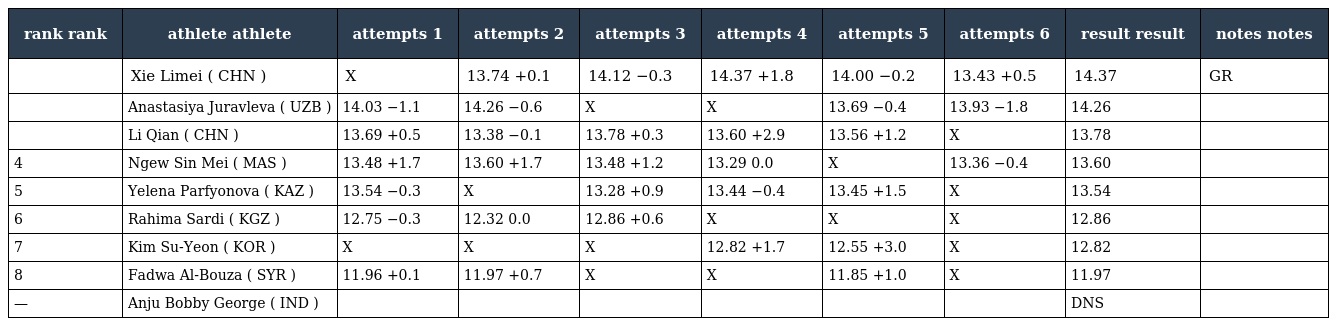
| rank rank | athlete athlete | attempts 1 | attempts 2 | attempts 3 | attempts 4 | attempts 5 | attempts 6 | result result | notes notes |
 | --- | --- | --- | --- | --- | --- | --- | --- | --- | --- |
 |  | Xie Limei ( CHN ) | X | 13.74 +0.1 | 14.12 −0.3 | 14.37 +1.8 | 14.00 −0.2 | 13.43 +0.5 | 14.37 | GR |
 |  | Anastasiya Juravleva ( UZB ) | 14.03 −1.1 | 14.26 −0.6 | X | X | 13.69 −0.4 | 13.93 −1.8 | 14.26 |  |
 |  | Li Qian ( CHN ) | 13.69 +0.5 | 13.38 −0.1 | 13.78 +0.3 | 13.60 +2.9 | 13.56 +1.2 | X | 13.78 |  |
 | 4 | Ngew Sin Mei ( MAS ) | 13.48 +1.7 | 13.60 +1.7 | 13.48 +1.2 | 13.29 0.0 | X | 13.36 −0.4 | 13.60 |  |
 | 5 | Yelena Parfyonova ( KAZ ) | 13.54 −0.3 | X | 13.28 +0.9 | 13.44 −0.4 | 13.45 +1.5 | X | 13.54 |  |
 | 6 | Rahima Sardi ( KGZ ) | 12.75 −0.3 | 12.32 0.0 | 12.86 +0.6 | X | X | X | 12.86 |  |
 | 7 | Kim Su-Yeon ( KOR ) | X | X | X | 12.82 +1.7 | 12.55 +3.0 | X | 12.82 |  |
 | 8 | Fadwa Al-Bouza ( SYR ) | 11.96 +0.1 | 11.97 +0.7 | X | X | 11.85 +1.0 | X | 11.97 |  |
 | — | Anju Bobby George ( IND ) |  |  |  |  |  |  | DNS |  |